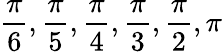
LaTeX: \frac{\pi}{6},\frac{\pi}{5},\frac{\pi}{4},\frac{\pi}{3},\frac{\pi}{2},\pi